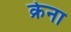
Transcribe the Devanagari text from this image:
क्रेना